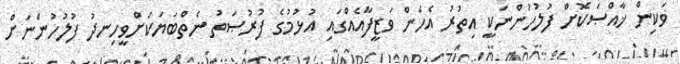
ވަކިން ޚާއްޞަކޮށް ފުލުހުންނަކީ އިތުރު އެހެން ވަޒީފާއެއްގައި އުޅުމުގެ ފުރުޞަތު ނެތްބަޔަކަށްވީހިނދު ފުލުހުންނަށް